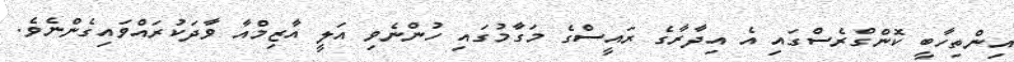
އިންތިހާބީ ކޮންގްރެސްގައި އެ އިދާރާގެ ރައީސްގެ މަގާމުގައި ހުންނެވި އަލީ އާޒިމްއާ ވާދަކުރައްވައިގެންނެވެ.